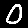
Digit: 0